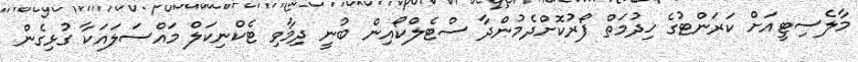
މާލެސިޓީއަށް ކަރަންޓުގެ ޚިދުމަތް ފޯރުކޮށްދެމުންދާ ސްޓެލްކޯއިން ބުނީ ދިމާވި ޓެކްނިކަލް މައްސަލައަކާ ގުޅިިގެން